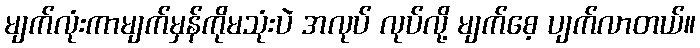
မျက်လုံးကာမျက်မှန်ကိုမသုံးပဲ အလုပ် လုပ်လို့ မျက်စေ့ ပျက်လာတယ်။